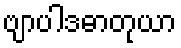
ဗျာပါဒဓာတုယာ